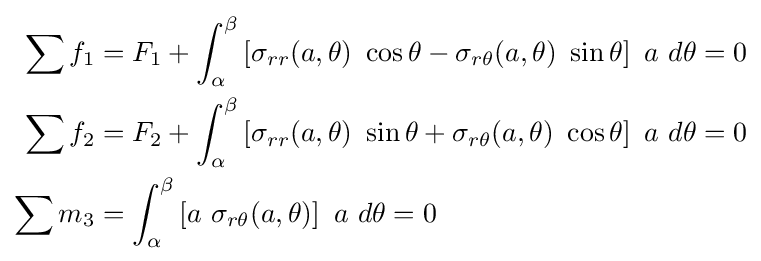
{\begin{aligned}\sum f_{1}&=F_{1}+\int _{\alpha }^{\beta }\left[\sigma _{rr}(a,\theta )~\cos \theta -\sigma _{r\theta }(a,\theta )~\sin \theta \right]~a~d\theta =0\\\sum f_{2}&=F_{2}+\int _{\alpha }^{\beta }\left[\sigma _{rr}(a,\theta )~\sin \theta +\sigma _{r\theta }(a,\theta )~\cos \theta \right]~a~d\theta =0\\\sum m_{3}&=\int _{\alpha }^{\beta }\left[a~\sigma _{r\theta }(a,\theta )\right]~a~d\theta =0\end{aligned}}